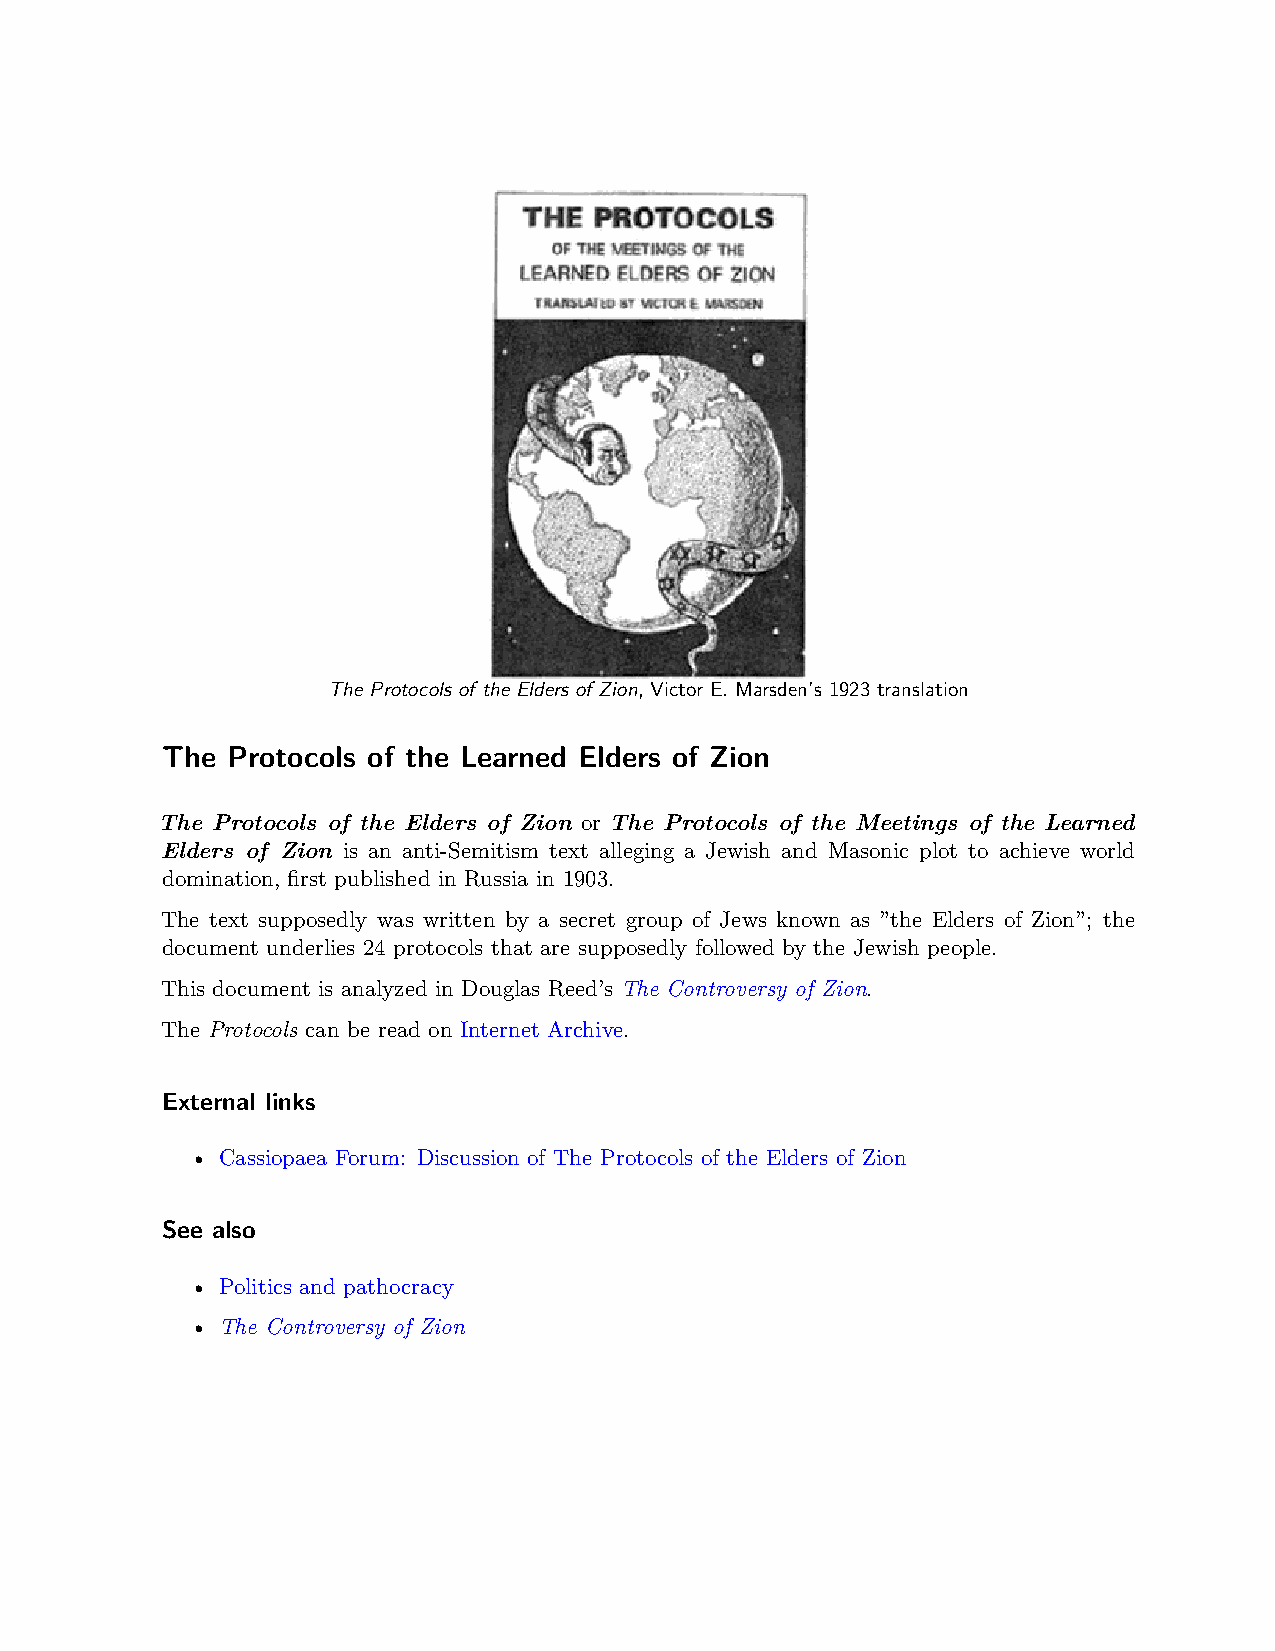
The Protocols of the Elders of Zion, Victor E. Marsden’s 1923 translation
 The Protocols of the Learned Elders of Zion
 The Protocols of the Elders of Zion or The Protocols of the Meetings of the Learned
 Elders of Zion is an anti-Semitism text alleging a Jewish and Masonic plot to achieve world
 domination, first published in Russia in 1903.
 The text supposedly was written by a secret group of Jews known as ”the Elders of Zion”; the
 document underlies 24 protocols that are supposedly followed by the Jewish people.
 This document is analyzed in Douglas Reed’s The Controversy of Zion.
 The Protocols can be read on Internet Archive.
 External links
 • Cassiopaea Forum: Discussion of The Protocols of the Elders of Zion
 See also
 • Politics and pathocracy
 • The Controversy of Zion